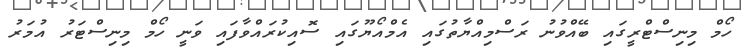
ހޯމް މިނިސްޓްރީގައި ބޭއްވުނު ރަސްމިއްޔާތުގައި އެމްއޯޔޫގައި ސޮއިކުރައްވާފައި ވަނީ ހޯމް މިނިސްޓަރު އުމަރު